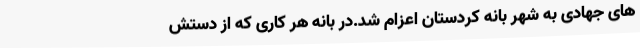
های جهادی به شهر بانه کردستان اعزام شد.در بانه هر کاری که از دستش